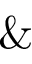
\&